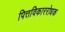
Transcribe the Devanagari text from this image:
पित्तविकाररोधक